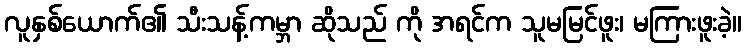
လူနှစ်ယောက်၏ သီးသန့်ကမ္ဘာ ဆိုသည် ကို အရင်က သူမမြင်ဖူး၊ မကြားဖူးခဲ့။